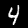
Label: 4